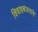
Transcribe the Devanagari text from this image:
विवाहबंधनाचे